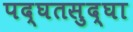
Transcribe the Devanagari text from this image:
पद्घतसुद्घा